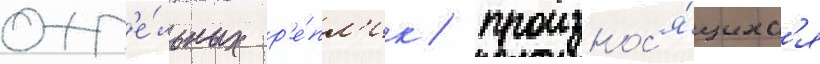
отд'е́льных р'е́пл'ик / произнос'я́щихс'я